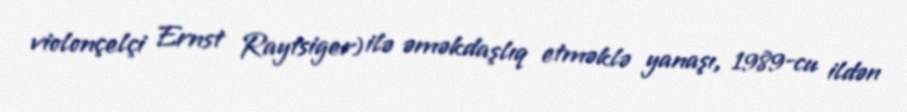
violonçelçi Ernst Raytsiger) ilə əməkdaşlıq etməklə yanaşı, 1989-cu ildən